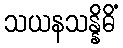
သယနသန္နိဓိံ